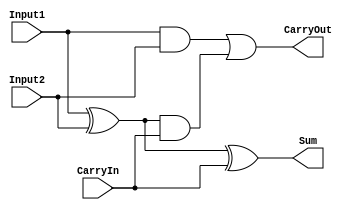
/***************************************************
Student Name:  ???
Student ID:    0511330
***************************************************/
module Full_Adder (Sum, CarryOut, Input1, Input2, CarryIn);

  input Input1, Input2, CarryIn;
  output Sum, CarryOut;

  wire w1, w2, w3;
  xor x1(w1, Input1, Input2);
  xor x2(Sum, w1, CarryIn);
  and a1(w2, Input1, Input2);
  and a2(w3, w1, CarryIn);
  or o1(CarryOut, w2, w3);

endmodule